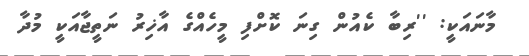
މާނައަކީ: ''ރިބާ ކެއުން ގިނަ ކޮށްފި މީހެއްގެ އާޚިރު ނަތީޖާއަކީ މުދާ